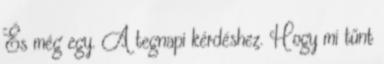
És még egy. A tegnapi kérdéshez. Hogy mi tűnt